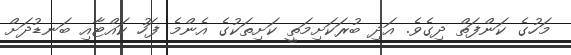
މަހުގެ ކަންފަތް ދިގެވެ. އަދި ބުރަކަށިމަތީ ކަށިތަކުގެ އެންމެ ފަހު ކައްޓާއި ބަނޑުދަށް